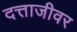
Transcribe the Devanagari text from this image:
दत्ताजीवर